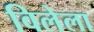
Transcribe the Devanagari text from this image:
विलेला